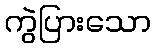
ကွဲပြားသော